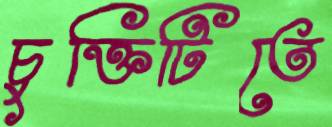
চুক্তিটিতে